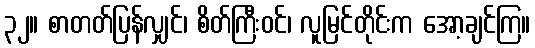
၃၂။ စာတတ်ပြန်လျှင်၊ စိတ်ကြီးဝင်၊ လူမြင်တိုင်းက အော့ချင်ကြ။